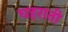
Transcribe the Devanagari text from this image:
घहराती